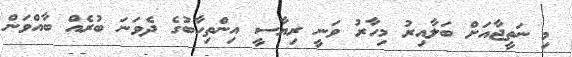
މި ނަތީޖާއަށް ބަލާއިރު މިހާރު ވަނީ ރިޔާސީ އިންތިހާބުގެ ދެވަނަ ބުރެއް ބާއްވަން